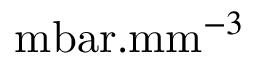
\mathrm { m b a r . m m } ^ { - 3 }